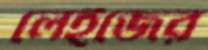
লেইজের